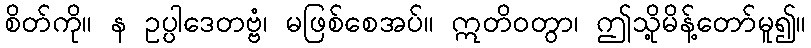
စိတ်ကို။ န ဥပ္ပါဒေတဗ္ဗံ၊ မဖြစ်စေအပ်။ ဣတိဝတွာ၊ ဤသို့မိန့်တော်မူ၍။